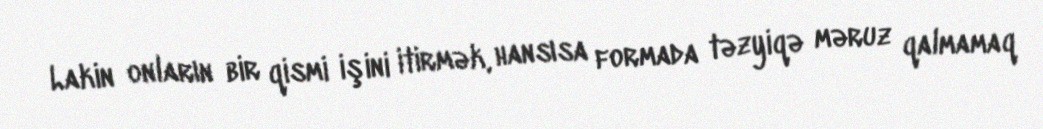
Lakin onların bir qismi işini itirmək, hansısa formada təzyiqə məruz qalmamaq